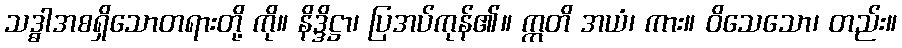
သဒ္ဓါအစရှိသောတရားတို့ ကို။ နိဒ္ဒိဋ္ဌာ၊ ပြအပ်ကုန်၏။ ဣတိ အယံ၊ ကား။ ဝိသေသော၊ တည်း။